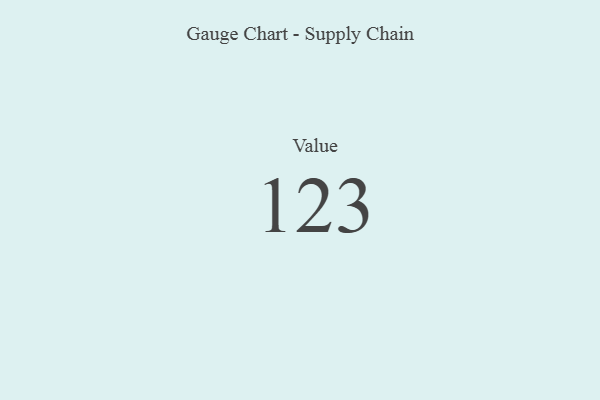
{"axis": {"x": "Metric", "y": "Value"}, "legend": [""], "data": [{"x": "Value", "y": 123, "type": ""}]}